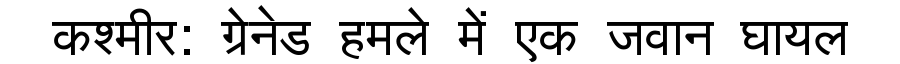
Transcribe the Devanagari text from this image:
कश्मीर: ग्रेनेड हमले में एक जवान घायल